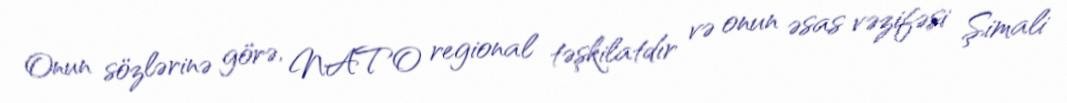
Onun sözlərinə görə, NATO regional təşkilatdır və onun əsas vəzifəsi Şimali